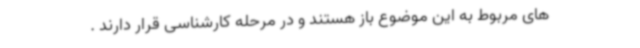
های مربوط به این موضوع باز هستند و در مرحله کارشناسی قرار دارند .